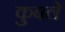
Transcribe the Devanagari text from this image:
कुबले